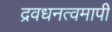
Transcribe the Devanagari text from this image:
द्रवधनत्वमापी